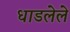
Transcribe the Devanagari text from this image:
धाडलेले